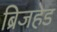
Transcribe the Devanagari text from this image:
ब्रिजहेड